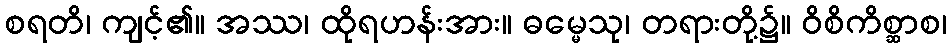
စရတိ၊ ကျင့်၏။ အဿ၊ ထိုရဟန်းအား။ ဓမ္မေသု၊ တရားတို့၌။ ဝိစိကိစ္ဆာစ၊